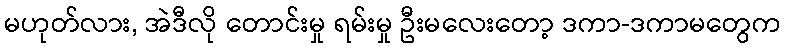
မဟုတ်လား, အဲဒီလို တောင်းမှု ရမ်းမှု ဦးမလေးတော့ ဒကာ-ဒကာမတွေက